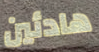
هادئين